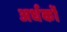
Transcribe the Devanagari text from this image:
अर्धकों